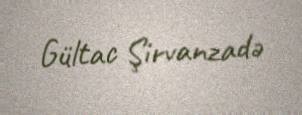
Gültac Şirvanzadə